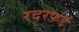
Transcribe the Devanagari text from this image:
रदरफ़र्ड